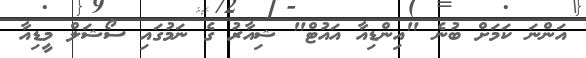
އަންނަ ކަމަށް ބުނެ "އިންޑިއާ އައުޓް" ޝިއާރު ގެ ނަމުގައި ސޯޝަލް މީޑިއާ